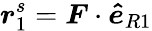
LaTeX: \boldsymbol{r}_{1}^{s}=\boldsymbol{F}\cdot\boldsymbol{\hat{e}}_{R1}